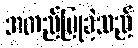
အတည်ပြုခဲ့သည်